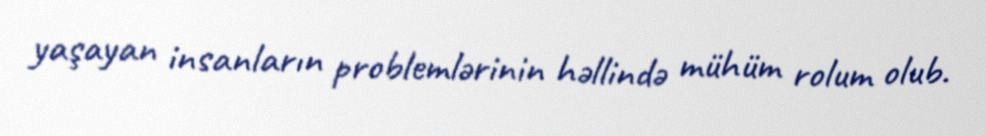
yaşayan insanların problemlərinin həllində mühüm rolum olub.